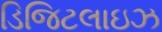
ડિજિટલાઇઝ